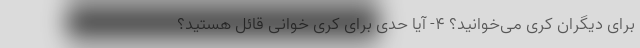
برای دیگران کری می‌خوانید؟ 4- آیا حدی برای کری خوانی قائل هستید؟